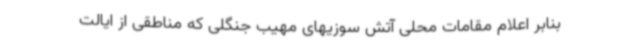
بنابر اعلام مقامات محلی آتش سوزیهای مهیب جنگلی که مناطقی از ایالت